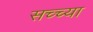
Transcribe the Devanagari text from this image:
सच्च्या